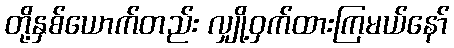
တို့နှစ်ယောက်တည်း လျှို့ဝှက်ထားကြမယ်နော်